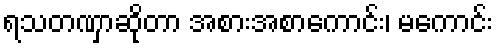
ရသတဏှာဆိုတာ အစားအစာကောင်း၊ မကောင်း